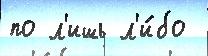
по л'ишь л'и́бо